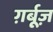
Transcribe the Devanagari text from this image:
ग़र्बूज़